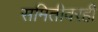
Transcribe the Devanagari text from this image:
समितीवरही